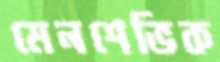
মেনশেভিক